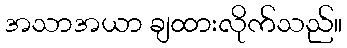
အသာအယာ ချထားလိုက်သည်။